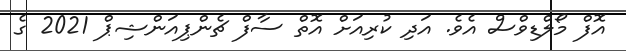
އޮފް މޯލްޑިވްސް އެވެ. އަދި ކުރިއަށް އޮތް ސާފް ޗެންޕިއަންޝިޕް 2021 ގެ